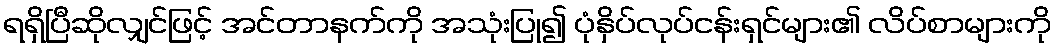
ရရှိပြီဆိုလျှင်ဖြင့် အင်တာနက်ကို အသုံးပြု၍ ပုံနှိပ်လုပ်ငန်းရှင်များ၏ လိပ်စာများကို